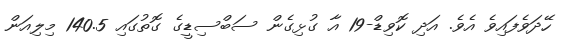
ހޭދަވެފައިވެ އެވެ. އަދި ކޮވިޑް-19 އާ ގުޅިގެން ސަބްސިޑީގެ ގޮތުގައި 140.5 މިލިއަން